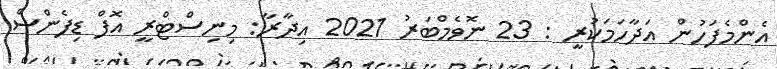
އެންމެފަހުން އަދާހަމަކުރީ : 23 ނޮވެމްބަރު 2021 އިދާރާ: މިނިސްޓްރީ އޮފް ޑިފެންސް